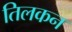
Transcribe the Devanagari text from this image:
तिलकन